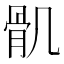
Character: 𩨒